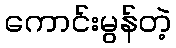
ကောင်းမွန်တဲ့